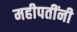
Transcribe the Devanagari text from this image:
महीपतींनी